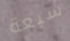
سبعة